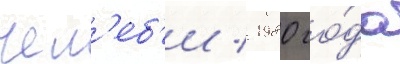
чел'еб'и / 1980 го́да